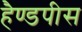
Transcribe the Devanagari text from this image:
हैण्डपीस